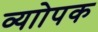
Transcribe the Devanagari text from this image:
व्याोपक